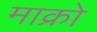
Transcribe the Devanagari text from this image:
माक्रो